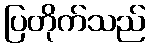
ပြတိုက်သည်